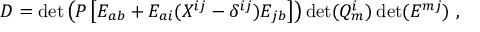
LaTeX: D = \operatorname * { d e t } \left( P \left[ E _ { a b } + E _ { a i } ( X ^ { i j } - \delta ^ { i j } ) E _ { j b } \right] \right) \operatorname * { d e t } ( Q _ { m } ^ { i } ) \operatorname * { d e t } ( E ^ { m j } ) \ ,